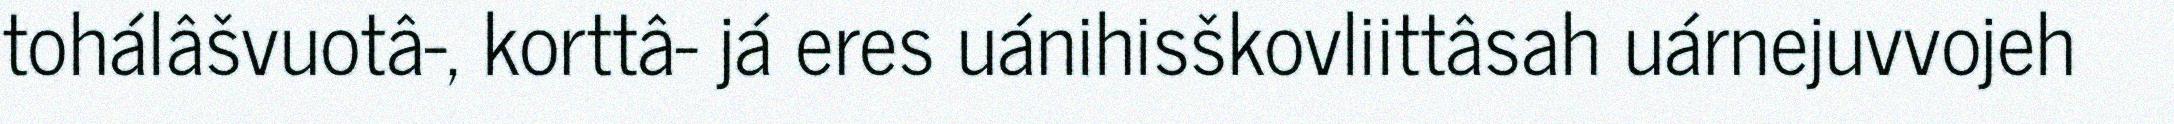
tohálâšvuotâ-, korttâ- já eres uánihisškovliittâsah uárnejuvvojeh